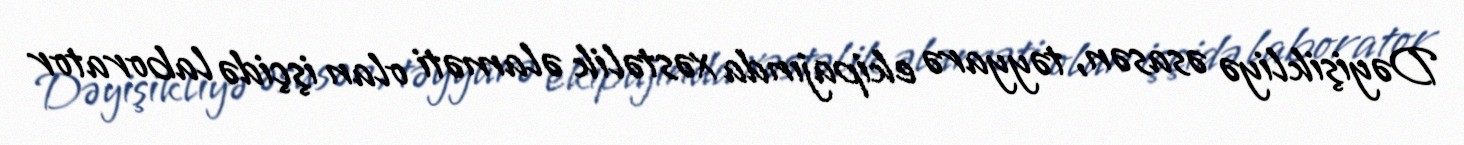
Dəyişikliyə əsasən, təyyarə ekipajında xəstəlik əlaməti olan işçidə laborator